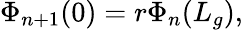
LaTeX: \Phi_{n+1}(0)=r\Phi_{n}(L_{g}),